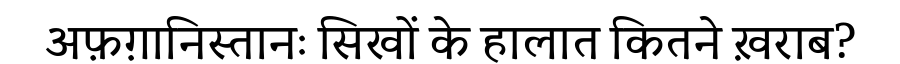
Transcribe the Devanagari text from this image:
अफ़ग़ानिस्तानः सिखों के हालात कितने ख़राब?